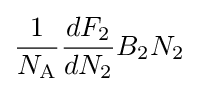
{\frac {1}{N_{\text{A}}}}{\frac {dF_{2}}{dN_{2}}}B_{2}N_{2}